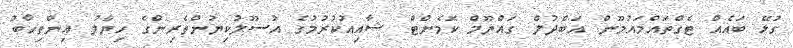
ގުޅޭ ބައެއް ޓެގްތައްމައުމޫން އަބްދުލް ގައްޔޫމް ކޮމެންޓް ޝާއިއުކުރުމުގެ އުސޫލުކިޔުންތެރިންގެ ހިޔާލު އިންތިހާބު